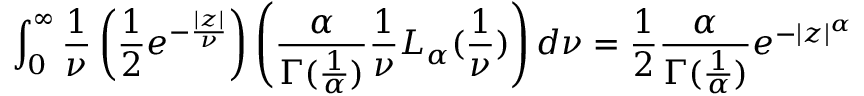
\int _ { 0 } ^ { \infty } { \frac { 1 } { \nu } } \left( { \frac { 1 } { 2 } } e ^ { - { \frac { | z | } { \nu } } } \right) \left( { \frac { \alpha } { \Gamma ( { \frac { 1 } { \alpha } } ) } } { \frac { 1 } { \nu } } L _ { \alpha } ( { \frac { 1 } { \nu } } ) \right) d \nu = { \frac { 1 } { 2 } } { \frac { \alpha } { \Gamma ( { \frac { 1 } { \alpha } } ) } } e ^ { - | z | ^ { \alpha } }